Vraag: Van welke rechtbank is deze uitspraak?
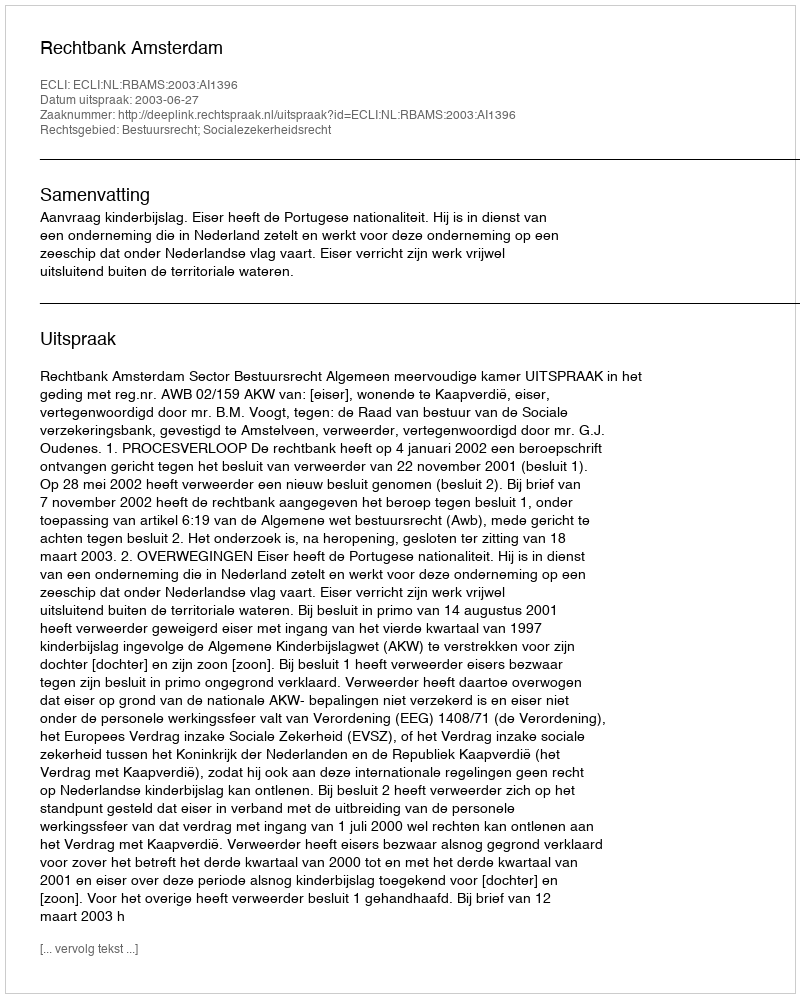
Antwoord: Rechtbank Amsterdam